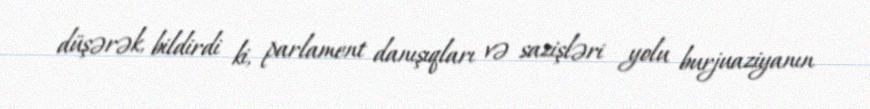
düşərək, bildirdi ki, parlament danışıqları və sazişləri yolu burjuaziyanın